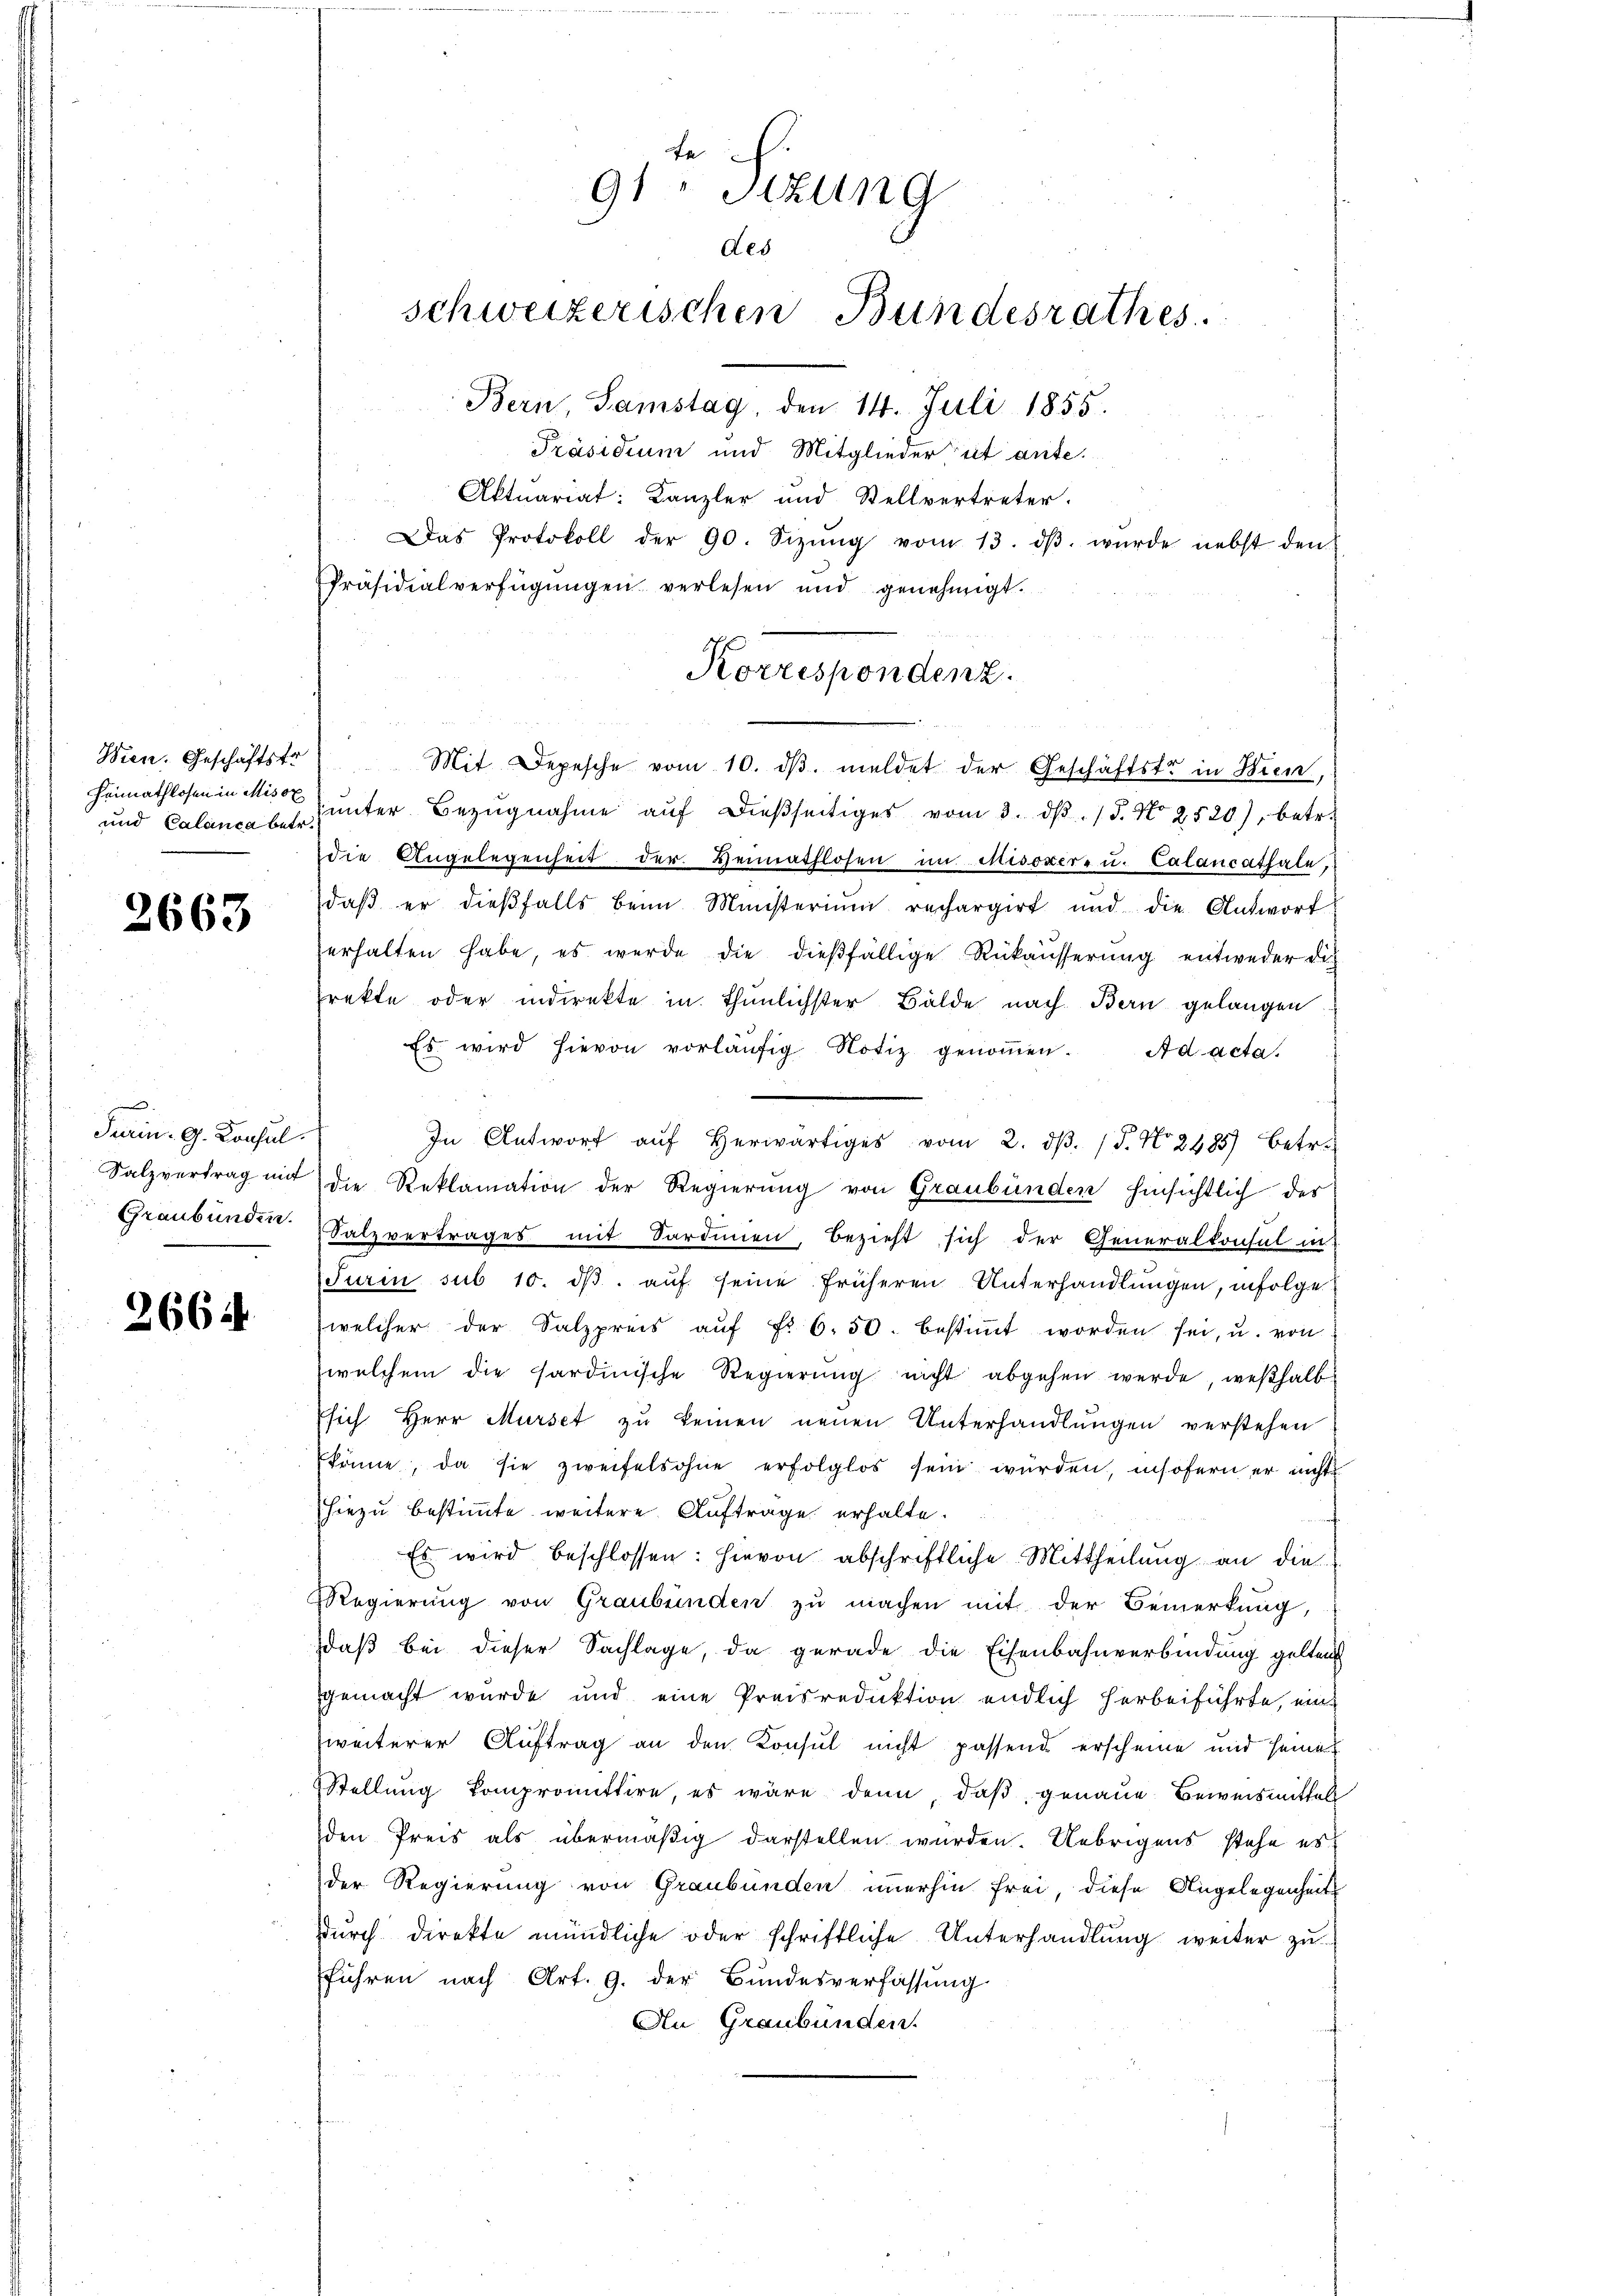
Wien. Geschäftsfr
Heimathlosen in Misox

2663

Turin. G. Konsul
.

2664

fe
91 Sizung
des
schweizerischen Bundesrathes
Bern, Samstag, den 14. Juli 1855.

Präsidium und Mitgliedereit ante.
Aktuariat: Kanzler und Stellvertreter.
Das Protokoll der 90. Sizŭng vom 13. dβ. wurde nebst den
Präsidialverfügŭngen verlesen und genehmigt.
Mit Depesche vom 10. dβ. meldet der Geschäftstr in Bien,
und Calanca des ŭnter Bezŭgnahme aŭf dießseitiges vom 3. dβ. / 5. No 2520), betr.
die Angelegenheit der Heimathlosen im Misoxer- u. Calancathale,
daβ er dieβfalls beim Ministerium rechargirt und die Antwort
erhalten habe, es werde die dießfällige Rükäusserung entweder di
rekte oder indirekte in thunlichster Bälde nach Bern gelangen
Es wird hievon vorläŭfig Notiz genoṁen. Ad acta.
In Antwort aŭf herwärtiges vom 2. dβ. / 5. No. 2485) Betr.
Salzvertrag mit die Reklamation der Regierung von Graubünden hinsichtlich des
Graubünden Salzvertrages mit Sardinien, bezieht sich der Generalkonsul in
Furin sub 10. dβ aŭf seine früheren Unterhandlungen, infolge
welcher der Salzpreis aŭf Fr. 6. 50. bestiṁt worden sei, u. von
welchem die sardinische Regierŭng nicht abgehen werde, weßhalb
Esich Herr Murse zu keinen neuen Unterhandlungen verstehen
könne, da sie zweifelsohne erfolglos sein würden, insofern er nichts
hiezu bestimmte weitere Auftrage erhalte.
Es wird beschlossen: hievon abschriftliche Mittheilung an die
Regierŭng von Graubünden zŭ machen mit der Bemerkung,
daß bei dieser Sachlage, da gerade die Eisenbahnverbindung gelten
gemacht wurde und eine Preisreduktion endlich herbeiführte, ein
weiterer Auftrag an den Konsul nicht passend erscheine und seines
Stellung kompromittire, es wäre denn, daβ genaue Beweismittels
den Preis als übermäßig darstellen wurden. Uebrigens stehe es
der Regierung von Graubünden immerhin frei, diese Angelegenheits
durch direkte mündliche oder schriftliche Unterhandlung weiter zuführen nach Art. 9. der Bundesverfassung
An Graubünden.

Korrespondenz.